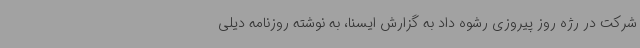
شرکت در رژه روز پیروزی رشوه داد به گزارش ایسنا، به نوشته روزنامه دیلی